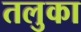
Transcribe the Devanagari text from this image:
तलुका